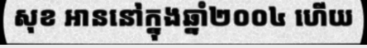
សុខ អាននៅក្នុងឆ្នាំ២០០៤ ហើយ